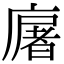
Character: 廜